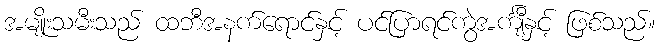
အမျိုးသမီးသည် ထဘီအနက်ရောင်နှင့် ပင်ပြာရင်ကွဲအင်္ကျီနှင့် ဖြစ်သည်။